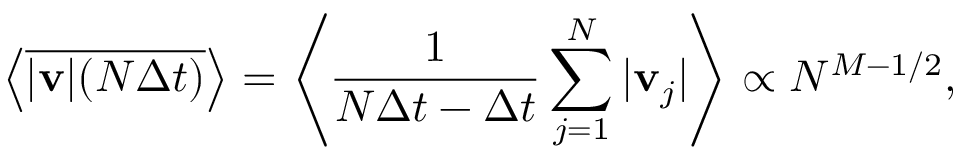
\left< \overline { { | \mathbf { v } | ( N \Delta t ) } } \right> = \left< \frac { 1 } { N \Delta t - \Delta t } \sum _ { j = 1 } ^ { N } | \mathbf { v } _ { j } | \right> \propto N ^ { M - 1 / 2 } ,